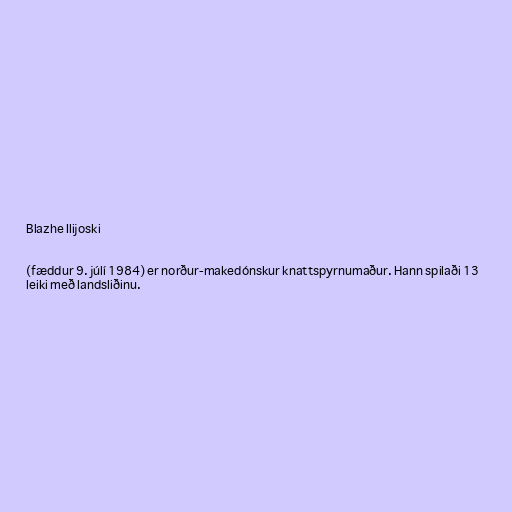
Blazhe Ilijoski

(fæddur 9. júlí 1984) er norður-makedónskur knattspyrnumaður. Hann spilaði 13
leiki með landsliðinu.